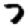
Digit: 7